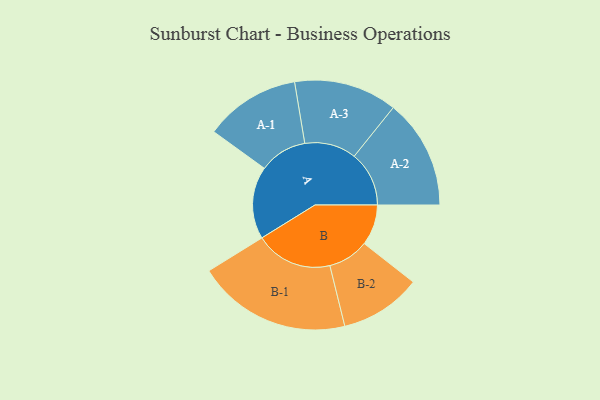
{"axis": {"x": "Segment", "y": "Value"}, "legend": ["", "A", "B"], "data": [{"x": "A", "y": 247, "type": ""}, {"x": "B", "y": 139, "type": ""}, {"x": "A-1", "y": 163, "type": "A"}, {"x": "A-2", "y": 187, "type": "A"}, {"x": "A-3", "y": 176, "type": "A"}, {"x": "B-1", "y": 263, "type": "B"}, {"x": "B-2", "y": 139, "type": "B"}]}